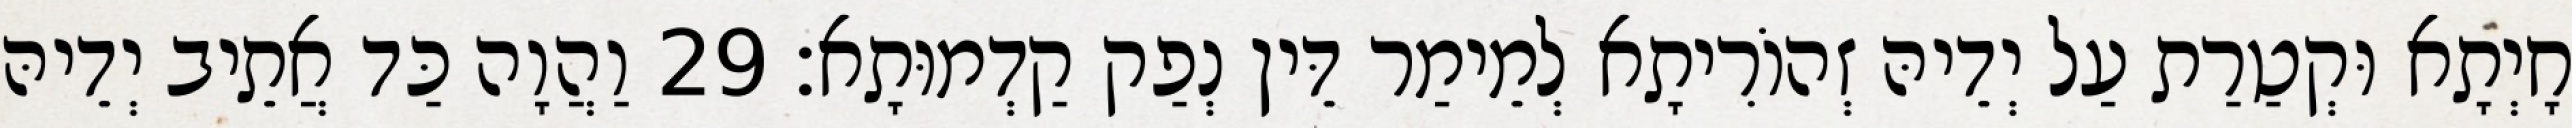
חָיְתָא וּקְטַרַת עַל יְדֵיהּ זְהוֹרִיתָא לְמֵימַר דֵּין נְפַק קַדְמוּתָא׃ 29 וַהֲוָה כַּד אֲתֵיב יְדֵיהּ